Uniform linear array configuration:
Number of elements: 4
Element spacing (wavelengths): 0.75
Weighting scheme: kaiser
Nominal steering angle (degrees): -60
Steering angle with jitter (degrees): -59.876
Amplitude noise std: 0.05
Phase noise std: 0.05

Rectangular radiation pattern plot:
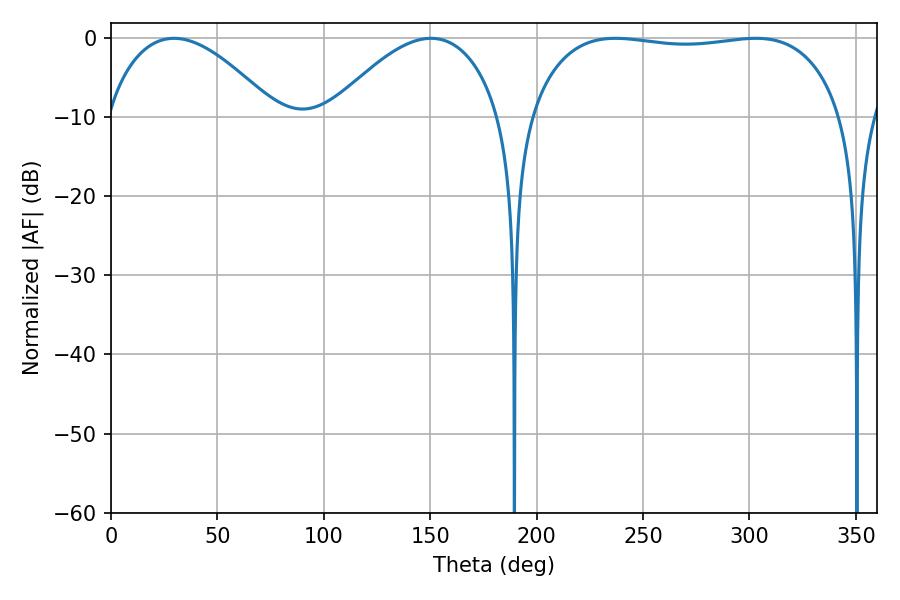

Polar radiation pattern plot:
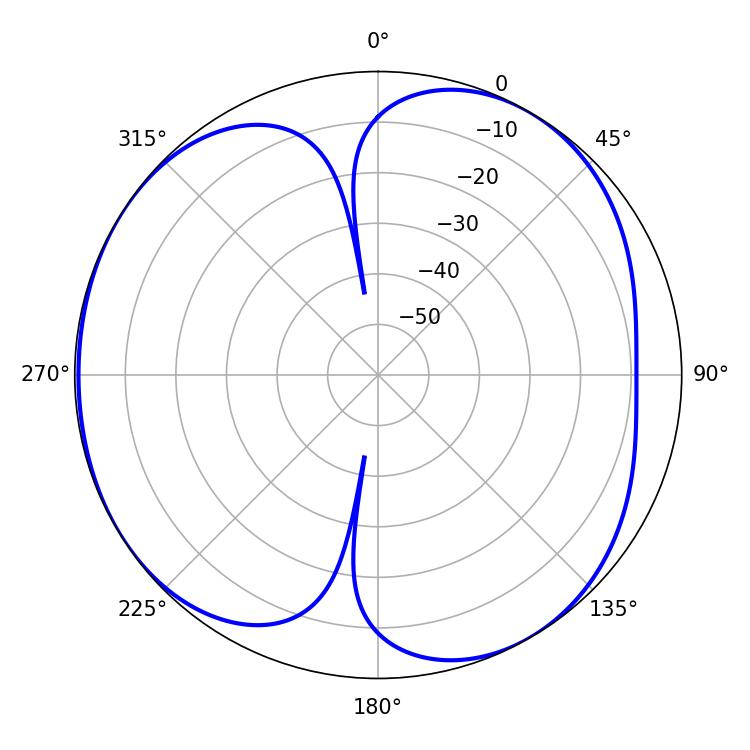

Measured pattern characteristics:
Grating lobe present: TRUE
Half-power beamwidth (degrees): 117.36
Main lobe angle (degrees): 237.06